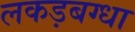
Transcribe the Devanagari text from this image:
लकड़बग्धा